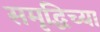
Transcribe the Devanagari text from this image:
समृद्धिच्या